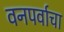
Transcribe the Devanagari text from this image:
वनपर्वाचा